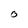
Character: O